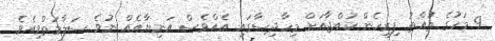
9 މަހުގެ ތުއްތު ފިރިހެން ކުއްޖާއަށް މިހާދިސާގައި އެއްވެސް އަނިޔާއެއް ނުވެ ސަލާމަތްވިއެވެ.